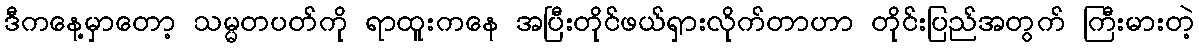
ဒီကနေ့မှာတော့ သမ္မတပတ်ကို ရာထူးကနေ အပြီးတိုင်ဖယ်ရှားလိုက်တာဟာ တိုင်းပြည်အတွက် ကြီးမားတဲ့